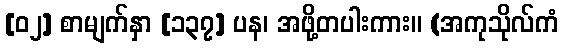
[၀၂] စာမျက်နှာ [၁၃၇] ပန၊ အဖို့တပါးကား။ (အကုသိုလ်ကံ